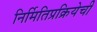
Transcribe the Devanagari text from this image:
निर्मितिप्रक्रियेची